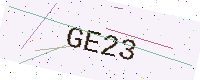
Text: GE23